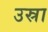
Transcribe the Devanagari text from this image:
उस्रा